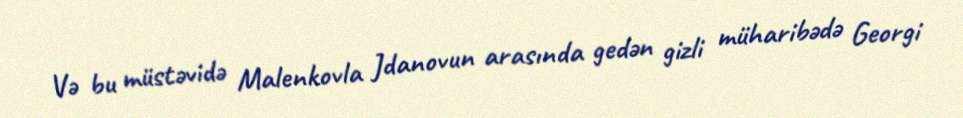
Və bu müstəvidə Malenkovla Jdanovun arasında gedən gizli müharibədə Georgi